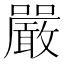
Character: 嚴